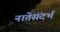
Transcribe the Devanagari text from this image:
नातेसंदर्भ